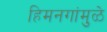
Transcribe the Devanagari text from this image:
हिमनगांमुळे